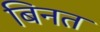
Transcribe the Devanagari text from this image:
बिनत